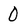
Character: 0